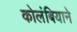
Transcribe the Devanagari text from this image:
कोलंबियाने